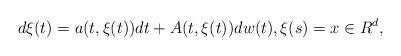
LaTeX: \begin{align*}d\xi(t)= a(t,\xi(t))dt+A(t,\xi(t))dw(t),\xi(s)=x\in R^d,\end{align*}